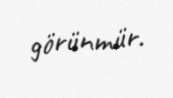
görünmür.